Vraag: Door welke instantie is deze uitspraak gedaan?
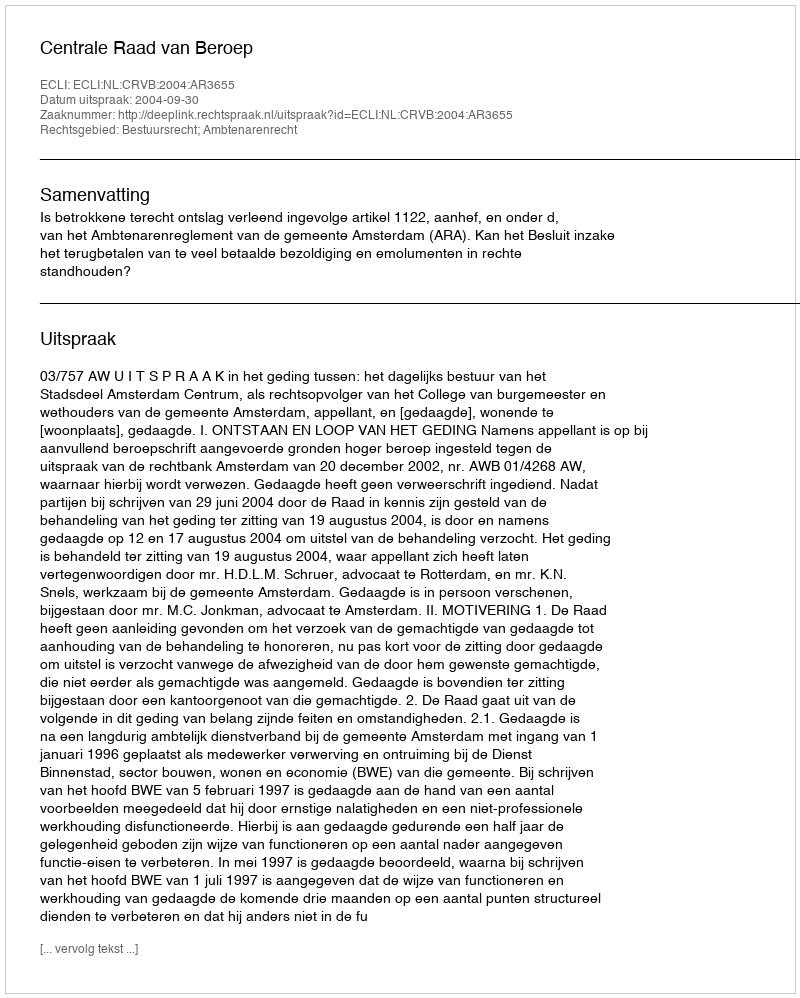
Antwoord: Centrale Raad van Beroep